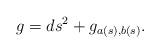
LaTeX: \begin{align*} g = ds^2 + g_{a(s),b(s)}.\end{align*}